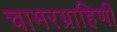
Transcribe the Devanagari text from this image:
चामरग्राहिणी